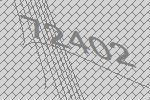
72402